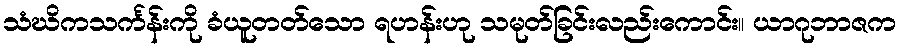
သံဃိကသင်္ကန်းကို ခံယူတတ်သော ရဟန်းဟု သမုတ်ခြင်းလည်းကောင်း။ ယာဂုဘာဇက